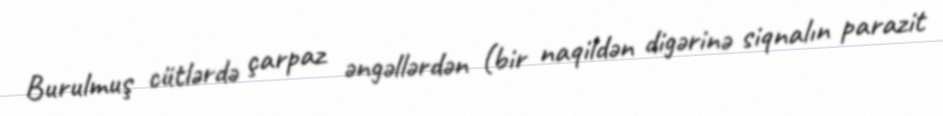
Burulmuş cütlərdə çarpaz əngəllərdən (bir naqildən digərinə siqnalın parazit